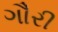
ગૌરી